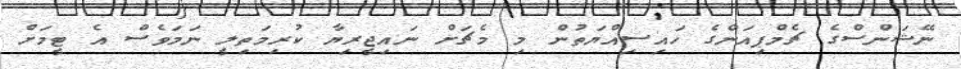
ނޭޝަންސްގެ ޗެމްޕިއަންގެ ހައިސިއްޔަތުން މި މެޗަށް ނައިޖީރިޔާ ކުރިމަތިލީ ނަމަވެސް އެ ޓީމަށް